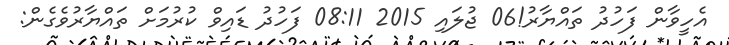
އެހީވާން ފަހުދު ތައްޔާރު!06 ޖުލައި 2015 08:11 ފަހުދު ޑައިވް ކުރުމަށް ތައްޔާރުވެގެން: